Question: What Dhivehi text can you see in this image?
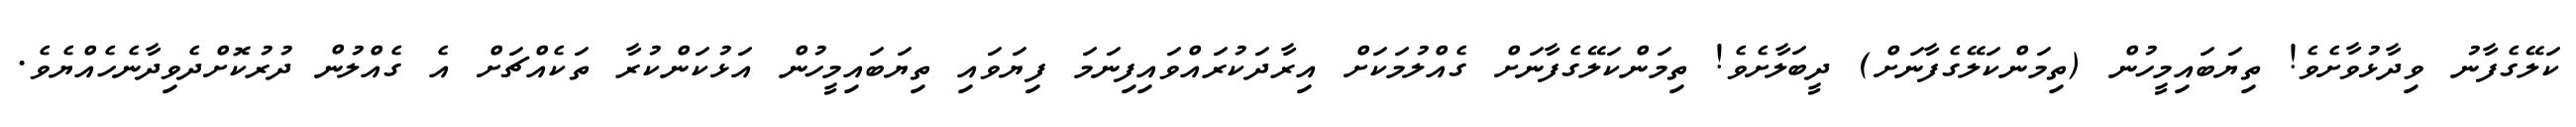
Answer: ކަލޭގެފާނު ވިދާޅުވާށެވެ! ތިޔަބައިމީހުން (ތިމަންކަލޭގެފާނަށް) ދީބަލާށެވެ! ތިމަންކަލޭގެފާނަށް ގެއްލުމަކަށް އިރާދަކުރައްވައިފިނަމަ ފިޔަވައި ތިޔަބައިމީހުން އަޅުކަންކުރާ ތަކެއްޗަށް އެ ގެއްލުން ދުރުކޮށްދެވިދާނެހެއްޔެވެ.